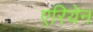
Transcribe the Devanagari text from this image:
एरियेन